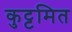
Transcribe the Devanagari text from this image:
कुट्टमित